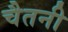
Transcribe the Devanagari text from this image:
चैतनी